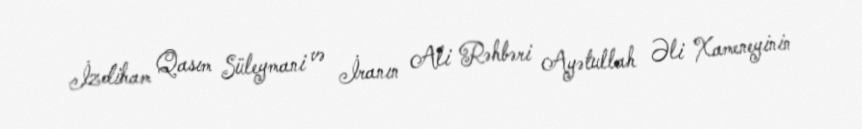
İzdiham Qasım Süleymani və İranın Ali Rəhbəri Ayətullah Əli Xameneyinin